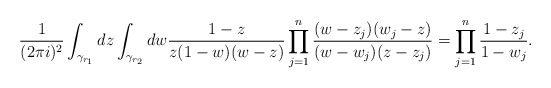
\begin{align*}\frac{1}{(2\pi i)^2}\int_{\gamma_{r_1}}dz\int_{\gamma_{r_2}}dw\frac{1-z}{z(1-w)(w-z)}\prod\limits_{j=1}^n\frac{(w-z_j)(w_j-z)}{(w-w_j)(z-z_j)}=\prod\limits_{j=1}^n\frac{1-z_j}{1-w_j}.\end{align*}